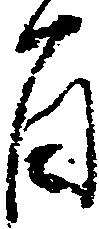
旨